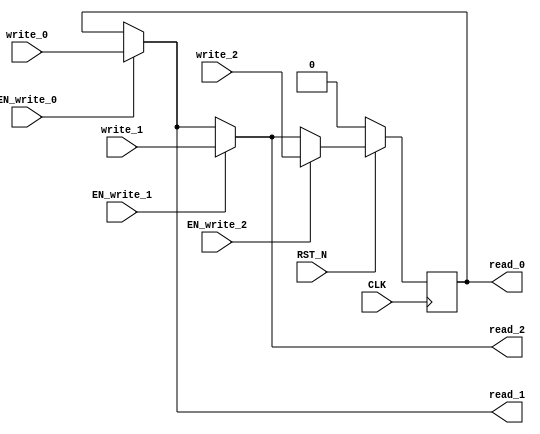
module EHR_3 (
    CLK,
    RST_N,
    read_0,
    write_0,
    EN_write_0,
    read_1,
    write_1,
    EN_write_1,
    read_2,
    write_2,
    EN_write_2
);
    parameter            DATA_SZ = 1;
    parameter            RESET_VAL = 0;
    input                CLK;
    input                RST_N;
    output [DATA_SZ-1:0] read_0;
    input  [DATA_SZ-1:0] write_0;
    input                EN_write_0;
    output [DATA_SZ-1:0] read_1;
    input  [DATA_SZ-1:0] write_1;
    input                EN_write_1;
    output [DATA_SZ-1:0] read_2;
    input  [DATA_SZ-1:0] write_2;
    input                EN_write_2;
    reg    [DATA_SZ-1:0] r;
    wire   [DATA_SZ-1:0] wire_0;
    wire   [DATA_SZ-1:0] wire_1;
    wire   [DATA_SZ-1:0] wire_2;
    wire   [DATA_SZ-1:0] wire_3;
    assign wire_0 = r;
    assign wire_1 = EN_write_0 ? write_0 : wire_0;
    assign wire_2 = EN_write_1 ? write_1 : wire_1;
    assign wire_3 = EN_write_2 ? write_2 : wire_2;
    assign read_0 = wire_0;
    assign read_1 = wire_1;
    assign read_2 = wire_2;
    always @(posedge CLK) begin
        if (RST_N == 0) begin
            r <= RESET_VAL;
        end else begin
            r <= wire_3;
        end
    end
endmodule